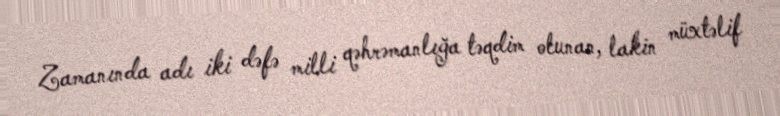
Zamanında adı iki dəfə milli qəhrəmanlığa təqdim olunan, lakin müxtəlif